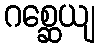
ဂစ္ဆေယျ